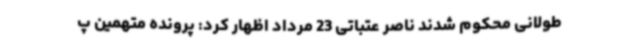
طولانی محکوم شدند ناصر عتباتی 23 مرداد اظهار کرد: پرونده متهمین پ